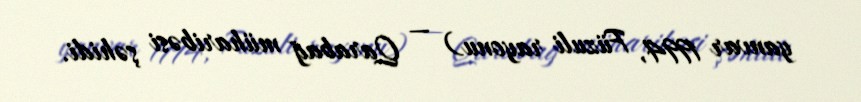
yanvar 1994, Füzuli rayonu) — Qarabağ müharibəsi şəhidi.